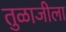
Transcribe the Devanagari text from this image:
तुळाजीला